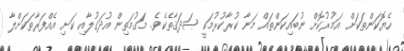
ހެޔޮކަންތަކަށް އަމުރުކޮށް ނުބައިކަންތައް މަނާ ކުރާކުރުމަކީ ޞަދަޤާތެކެވެ. މަގުމަތިން އުދަގުލާއި ކަށި އެއްފަރާތަކަށްލާ